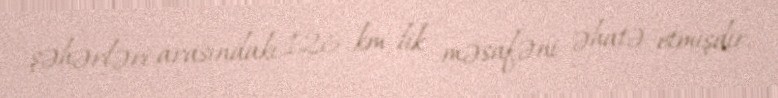
şəhərləri arasındakı 126 km-lik məsafəni əhatə etmişdir.